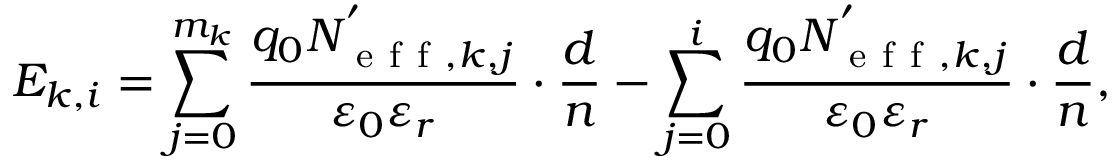
E _ { k , i } = \sum _ { j = 0 } ^ { m _ { k } } { \frac { q _ { 0 } N _ { \mathrm { ~ e ~ f ~ f ~ } , k , j } ^ { ' } } { \varepsilon _ { 0 } \varepsilon _ { r } } } \cdot { \frac { d } { n } } - \sum _ { j = 0 } ^ { i } { \frac { q _ { 0 } N _ { \mathrm { ~ e ~ f ~ f ~ } , k , j } ^ { ' } } { \varepsilon _ { 0 } \varepsilon _ { r } } } \cdot { \frac { d } { n } } ,